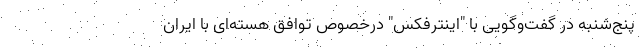
پنج‌شنبه در گفت‌وگویی با "اینترفکس" درخصوص توافق هسته‌ای با ایران